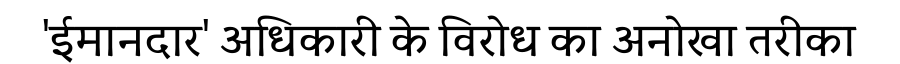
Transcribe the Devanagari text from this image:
'ईमानदार' अधिकारी के विरोध का अनोखा तरीका